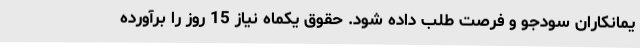
یمانکاران سودجو و فرصت طلب داده شود. حقوق یکماه نیاز 15 روز را برآورده